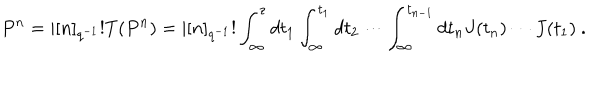
P ^ { n } = | [ n ] _ { q ^ { - 1 } } ! T ( P ^ { n } ) = | [ n ] _ { q ^ { - 1 } } ! \int _ { \infty } ^ { z } d t _ { 1 } \int _ { \infty } ^ { t _ { 1 } } d t _ { 2 } \cdots \int _ { \infty } ^ { t _ { n - 1 } } d t _ { n } J ( t _ { n } ) \cdots J ( t _ { 1 } ) ~ .